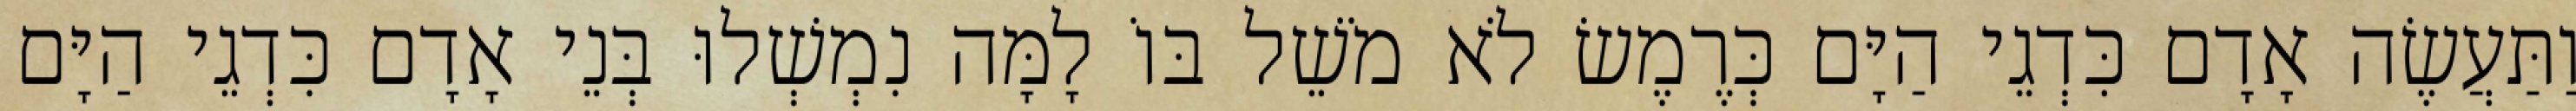
וַתַּעֲשֶׂה אָדָם כִּדְגֵי הַיָּם כְּרֶמֶשׂ לֹא מֹשֵׁל בּוֹ לָמָּה נִמְשְׁלוּ בְּנֵי אָדָם כִּדְגֵי הַיָּם